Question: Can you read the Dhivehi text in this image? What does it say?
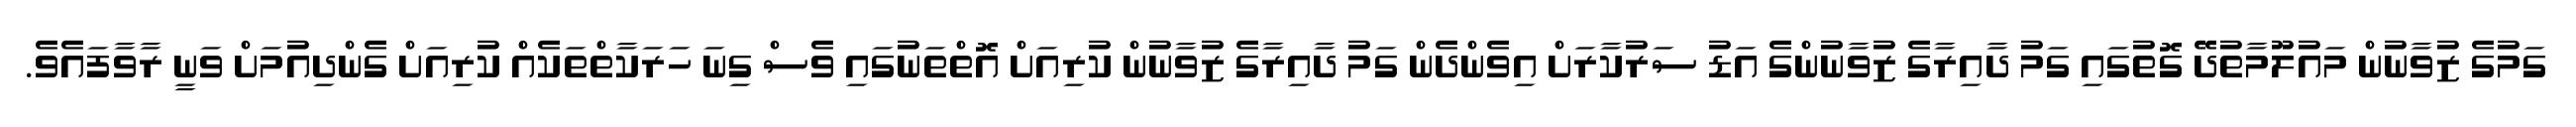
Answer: ގަމުގެ ޒުވާނުން މައުލޫމާތުދޭ ގޮތުގައި ގަމު ދާއިރާގެ ޒުވާނުންގެ އަޑު ސަރުކާރަށް އިވެންދެން ގަމު ދާއިރާގެ ޒުވާނުން ކުރިއަށް އޮތްތަނުގައި ވެސް ގިނަ ހަރަކާތްތަކެއް ކުރިއަށް ގެންދިއުމަށް ވަނީ ރާވާފައެވެ.